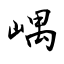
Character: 嵎